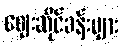
ဈေးဆိုင်ခန်းများ